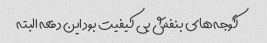
گوجه‌های بنفش بی کیفیت بود این دفعه البته